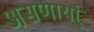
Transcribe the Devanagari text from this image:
असणार्या्